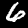
Digit: 6